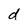
Character: d